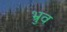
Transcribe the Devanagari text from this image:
भ्रुव